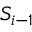
S _ { i - 1 }